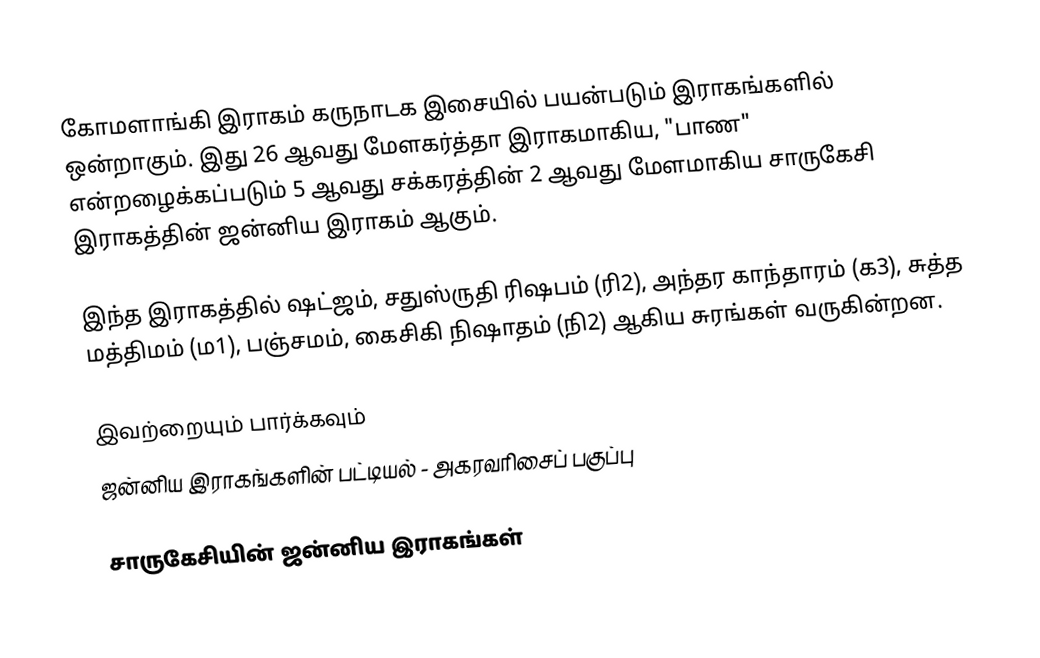
கோமளாங்கி இராகம் கருநாடக இசையில் பயன்படும் இராகங்களில் ஒன்றாகும். இது 26 ஆவது மேளகர்த்தா இராகமாகிய, "பாண" என்றழைக்கப்படும் 5 ஆவது சக்கரத்தின் 2 ஆவது மேளமாகிய சாருகேசி இராகத்தின் ஜன்னிய இராகம் ஆகும்.

இந்த இராகத்தில் ஷட்ஜம், சதுஸ்ருதி ரிஷபம் (ரி2),  அந்தர காந்தாரம் (க3), சுத்த மத்திமம் (ம1), பஞ்சமம், கைசிகி நிஷாதம்  (நி2) ஆகிய சுரங்கள் வருகின்றன.

இவற்றையும் பார்க்கவும்
 ஜன்னிய இராகங்களின் பட்டியல் - அகரவரிசைப் பகுப்பு

சாருகேசியின் ஜன்னிய இராகங்கள்